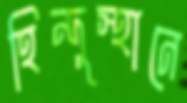
হিন্দুস্থানে